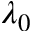
\lambda _ { 0 }